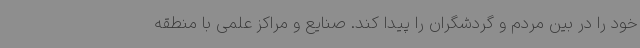
خود را در بین مردم و گردشگران را پیدا کند. صنایع و مراکز علمی با منطقه